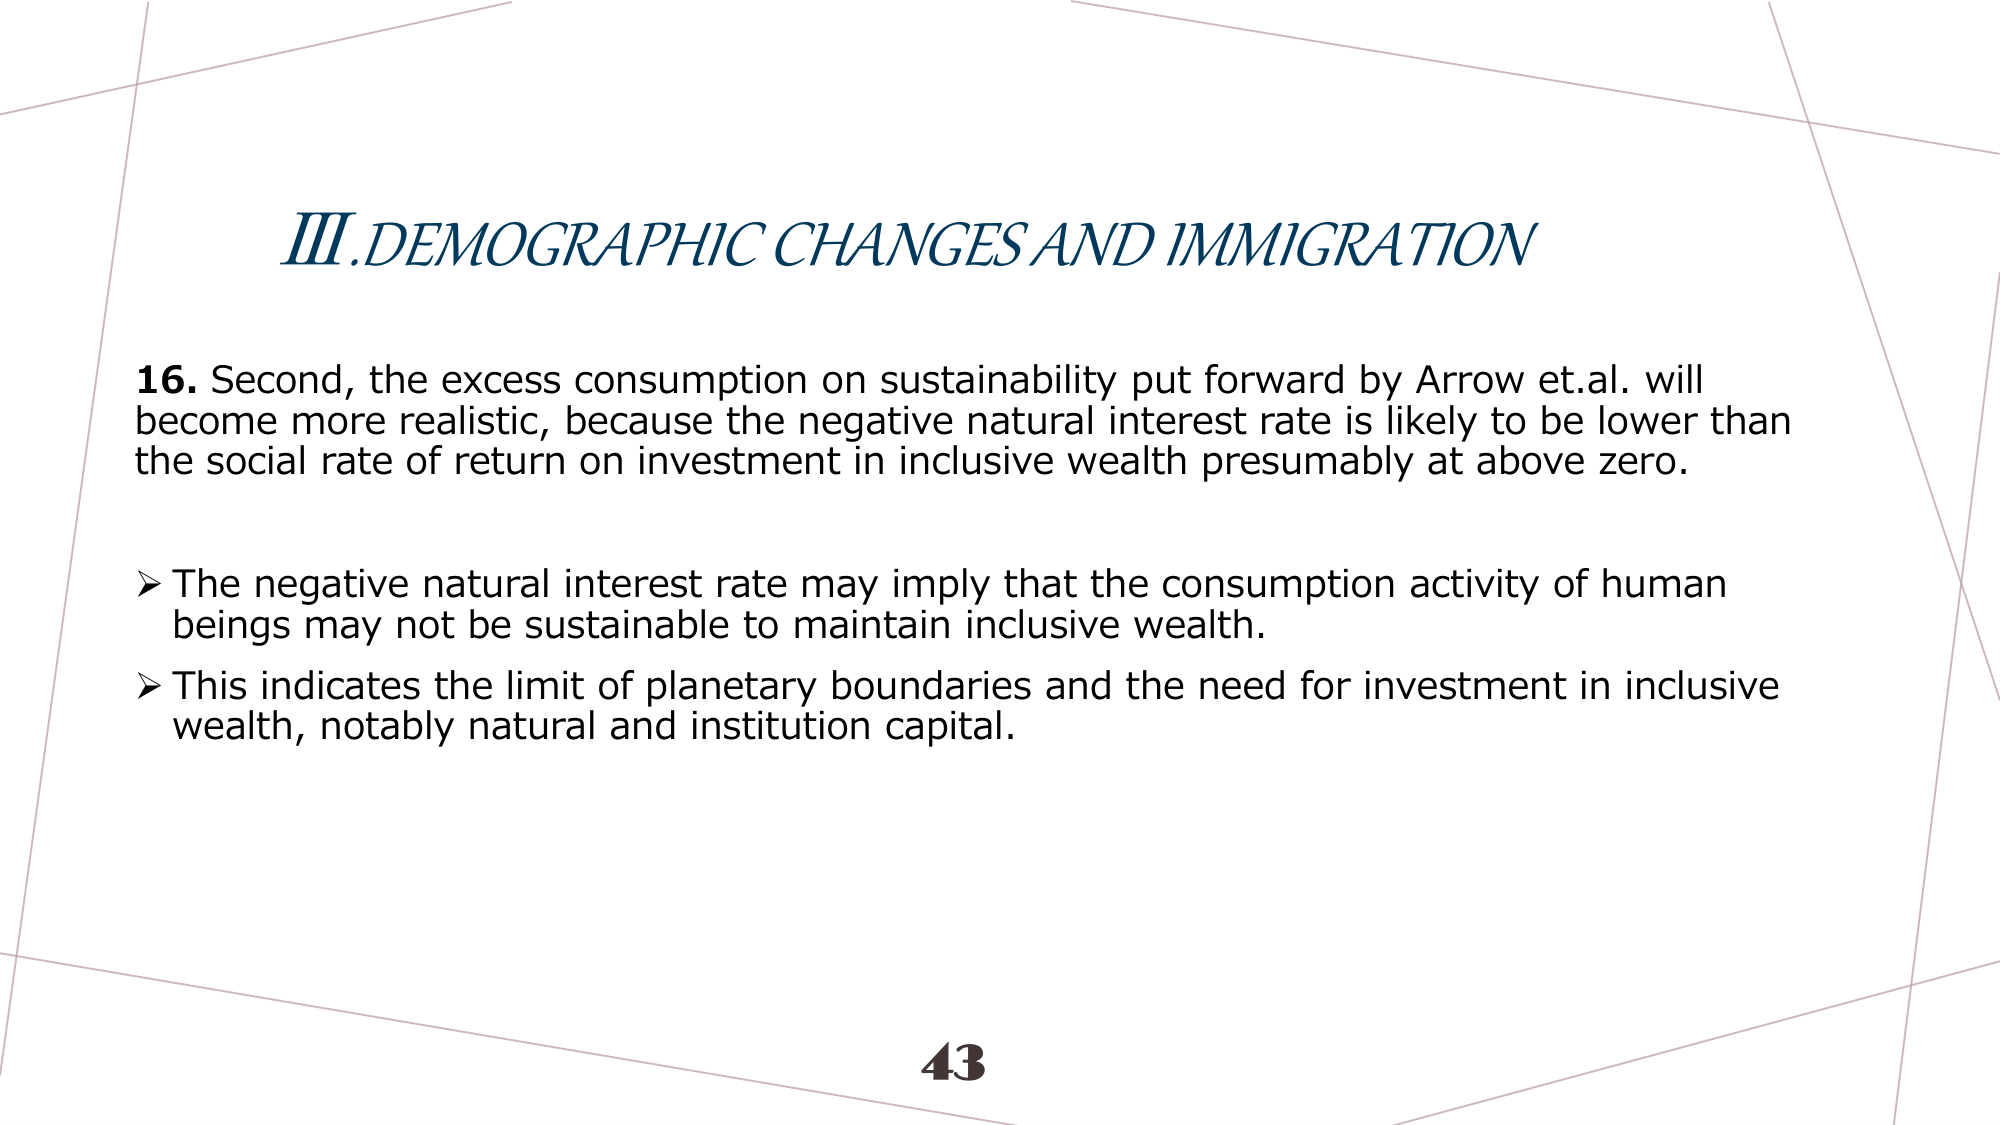
III. DEMOGRAPHIC CHANGES AND IMMIGRATION

16. Second, the excess consumption on sustainability put forward by Arrow et.al. will become more realistic, because the negative natural interest rate is likely to be lower than the social rate of return on investment in inclusive wealth presumably at above zero.

➤ The negative natural interest rate may imply that the consumption activity of human beings may not be sustainable to maintain inclusive wealth.

➤ This indicates the limit of planetary boundaries and the need for investment in inclusive wealth, notably natural and institution capital.

43